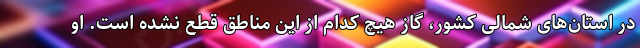
در استان‌های شمالی کشور، گاز هیچ کدام از این مناطق قطع نشده است. او